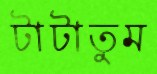
টাটাতুম